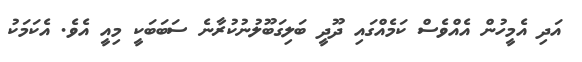
އަދި އެމީހުން އެއްވެސް ކަމެއްގައި ދޫދީ ބަލިގަބޫލުނުކުރާނެ ސަބަބަކީ މިއީ އެވެ. އެކަމަކު